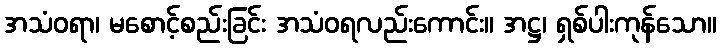
အသံဝရာ၊ မစောင့်စည်းခြင်း အသံဝရလည်းကောင်း။ အဋ္ဌ၊ ရှစ်ပါးကုန်သော။